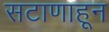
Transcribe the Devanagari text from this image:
सटाणाहून